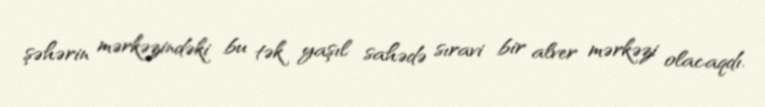
şəhərin mərkəzindəki bu tək yaşıl sahədə sıravi bir alver mərkəzi olacaqdı.